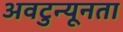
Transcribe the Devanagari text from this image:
अवटुन्यूनता